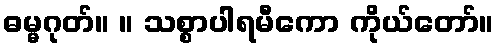
ဓမ္မဂုတ်။ ။ သစ္စာပါရမီကော ကိုယ်တော်။